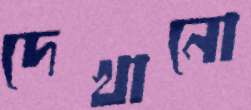
দেখানো